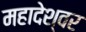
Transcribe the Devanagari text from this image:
महादेश्वर